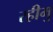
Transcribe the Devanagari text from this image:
रहीमु